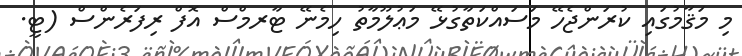
މި މަޤާމުގައި ކުރަންޖެހޭ މަސައްކަތާގުޅޭ މަޢުލޫމާތު ހިމެނޭ ޓާރމްސް އޮފް ރިފަރެންސް (ޓީ.